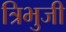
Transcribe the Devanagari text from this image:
त्रिभुजी